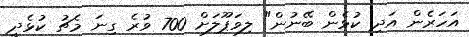
އަހަރެން އަދި ކުޅެން ބޭނުން" ލިވަޕޫލަށް 700 ވުރެ ގިނަ މެޗު ކުޅެދީ